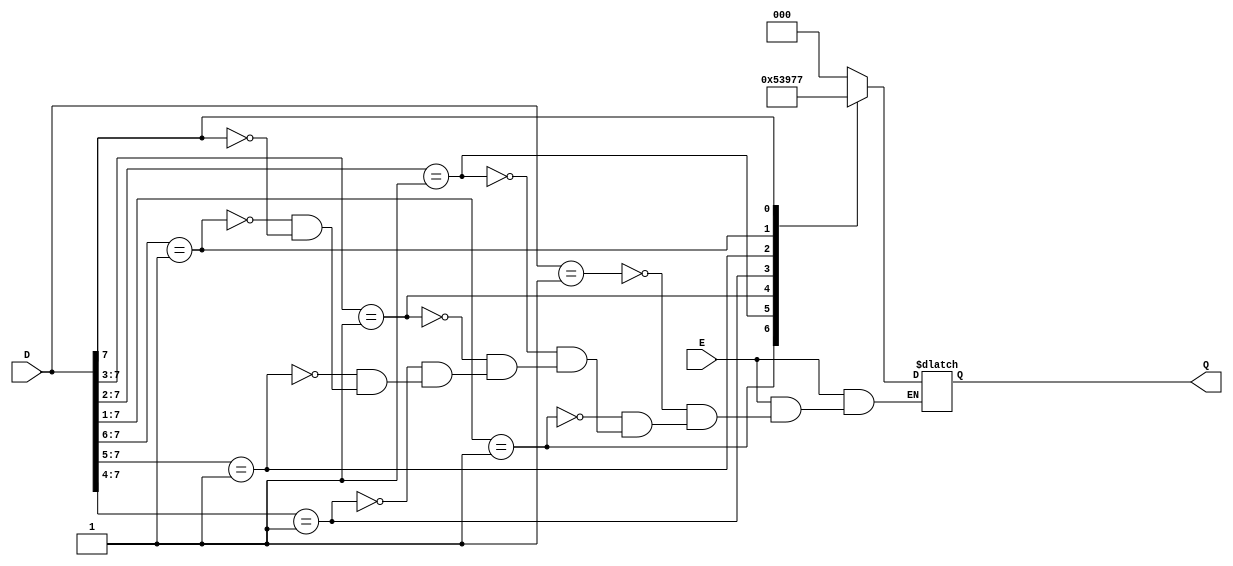
module encoder(D,Q,E);
  input [7:0]D;
  input E;
  output [2:0] Q;
  reg [2:0] Q;
  always @(D or E) begin
  if (E == 1)
  casez (D)  
  8'b00000001: Q=3'b000;
  8'b0000001?: Q=3'b001;
  8'b000001??: Q=3'b010;
  8'b00001???: Q=3'b011;
  8'b0001????: Q=3'b100;
  8'b001?????: Q=3'b101;
  8'b01??????: Q=3'b110;
  8'b1???????: Q=3'b111;
  endcase
  else
  Q=3'bX;
end
endmodule